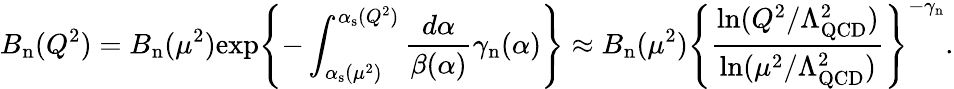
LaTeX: B_{\mathrm{n}}(Q^{2})=B_{\mathrm{n}}(\mu^{2})\mathrm{exp}\Biggl\{ -\int_{\alpha_{\mathrm{s}}(\mu^{2})}^{\alpha_{\mathrm{s}}(Q^{2})}\frac{d\alpha}{\beta(\alpha)}\gamma_{\mathrm{n}}(\alpha)\Biggr\} \approx B_{\mathrm{n}}(\mu^{2})\Biggl\{ \frac{\ln(Q^{2}/\Lambda_{\mathrm{QCD}}^{2})}{\ln(\mu^{2}/\Lambda_{\mathrm{QCD}}^{2})}\Biggr\} ^{-\gamma_{\mathrm{n}}}.